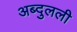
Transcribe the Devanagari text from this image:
अब्दुलली